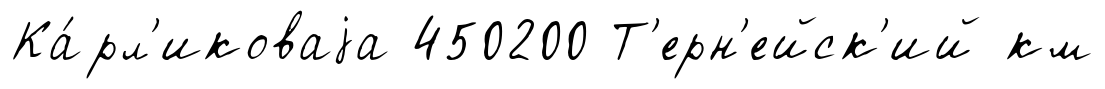
Ка́рл'иковаjа 450200 Т'ерн'ейск'ий км